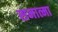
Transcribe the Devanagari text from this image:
समात्मा